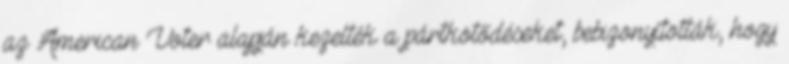
az American Voter alapján kezelték a pártkötődéseket, bebizonyították, hogy